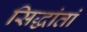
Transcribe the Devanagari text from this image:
सिद्धांतां